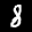
Label: 8